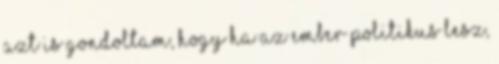
azt is gondoltam, hogy ha az ember politikus lesz,